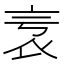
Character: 𧘎